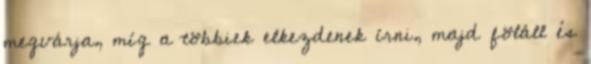
megvárja, míg a többiek elkezdenek írni, majd föláll és